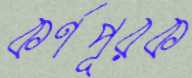
কর্ণপূরক